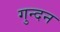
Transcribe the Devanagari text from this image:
गुन्दन